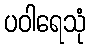
ပဝါရေသုံ